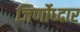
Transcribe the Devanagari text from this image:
जिर्णोध्दार